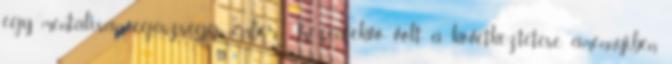
egy mentálisan egészséges ember. Kézenfekvő volt a következtetése, amennyiben